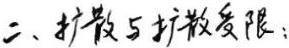
二、扩散与扩散受限：